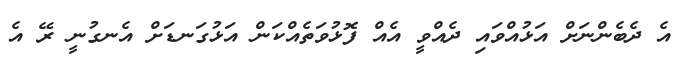
އެ ދެބެންނަށް އަޅުއްވައި ދެއްވީ އެއް ފޮޅުވަތެއްކަން އަޅުގަނޑަށް އެނގުނީ ރޭ އެ